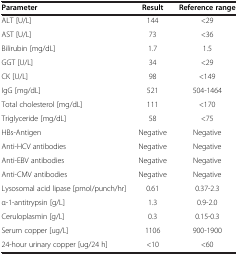
<table><thead><tr><td><b>Parameter</b></td><td><b>Result</b></td><td><b>Reference range</b></td></tr></thead><tbody><tr><td>ALT [U/L]</td><td>144</td><td>&lt;29</td></tr><tr><td>AST [U/L]</td><td>73</td><td>&lt;36</td></tr><tr><td>Bilirubin [mg/dL]</td><td>1.7</td><td>1.5</td></tr><tr><td>GGT [U/L]</td><td>34</td><td>&lt;29</td></tr><tr><td>CK [U/L]</td><td>98</td><td>&lt;149</td></tr><tr><td>IgG [mg/dL]</td><td>521</td><td>504-1464</td></tr><tr><td>Total cholesterol [mg/dL]</td><td>111</td><td>&lt;170</td></tr><tr><td>Triglyceride [mg/dL]</td><td>58</td><td>&lt;75</td></tr><tr><td>HBs-Antigen</td><td>Negative</td><td>Negative</td></tr><tr><td>Anti-HCV antibodies</td><td>Negative</td><td>Negative</td></tr><tr><td>Anti-EBV antibodies</td><td>Negative</td><td>Negative</td></tr><tr><td>Anti-CMV antibodies</td><td>Negative</td><td>Negative</td></tr><tr><td>Lysosomal acid lipase [pmol/punch/hr]</td><td>0.61</td><td>0.37-2.3</td></tr><tr><td>α-1-antitrypsin [g/L]</td><td>1.3</td><td>0.9-2.0</td></tr><tr><td>Ceruloplasmin [g/L]</td><td>0.3</td><td>0.15-0.3</td></tr><tr><td>Serum copper [ug/L]</td><td>1106</td><td>900-1900</td></tr><tr><td>24-hour urinary copper [ug/24 h]</td><td>&lt;10</td><td>&lt;60</td></tr></tbody></table>